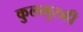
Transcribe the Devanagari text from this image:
कुलगुरुही